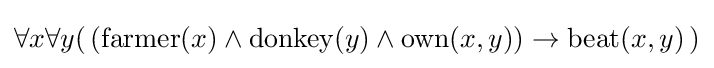
\forall x\forall y(\,({\text{farmer}}(x)\land {\text{donkey}}(y)\land {\text{own}}(x,y))\rightarrow {\text{beat}}(x,y)\,)